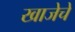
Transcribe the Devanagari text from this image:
खाजेचे